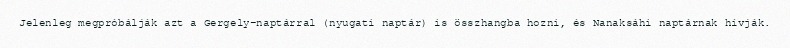
Jelenleg megpróbálják azt a Gergely-naptárral (nyugati naptár) is összhangba hozni, és Nanaksáhi naptárnak hívják.